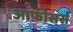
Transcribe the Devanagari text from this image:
आफ़ीसर्स